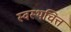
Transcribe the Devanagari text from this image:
स्वस्थचित्त